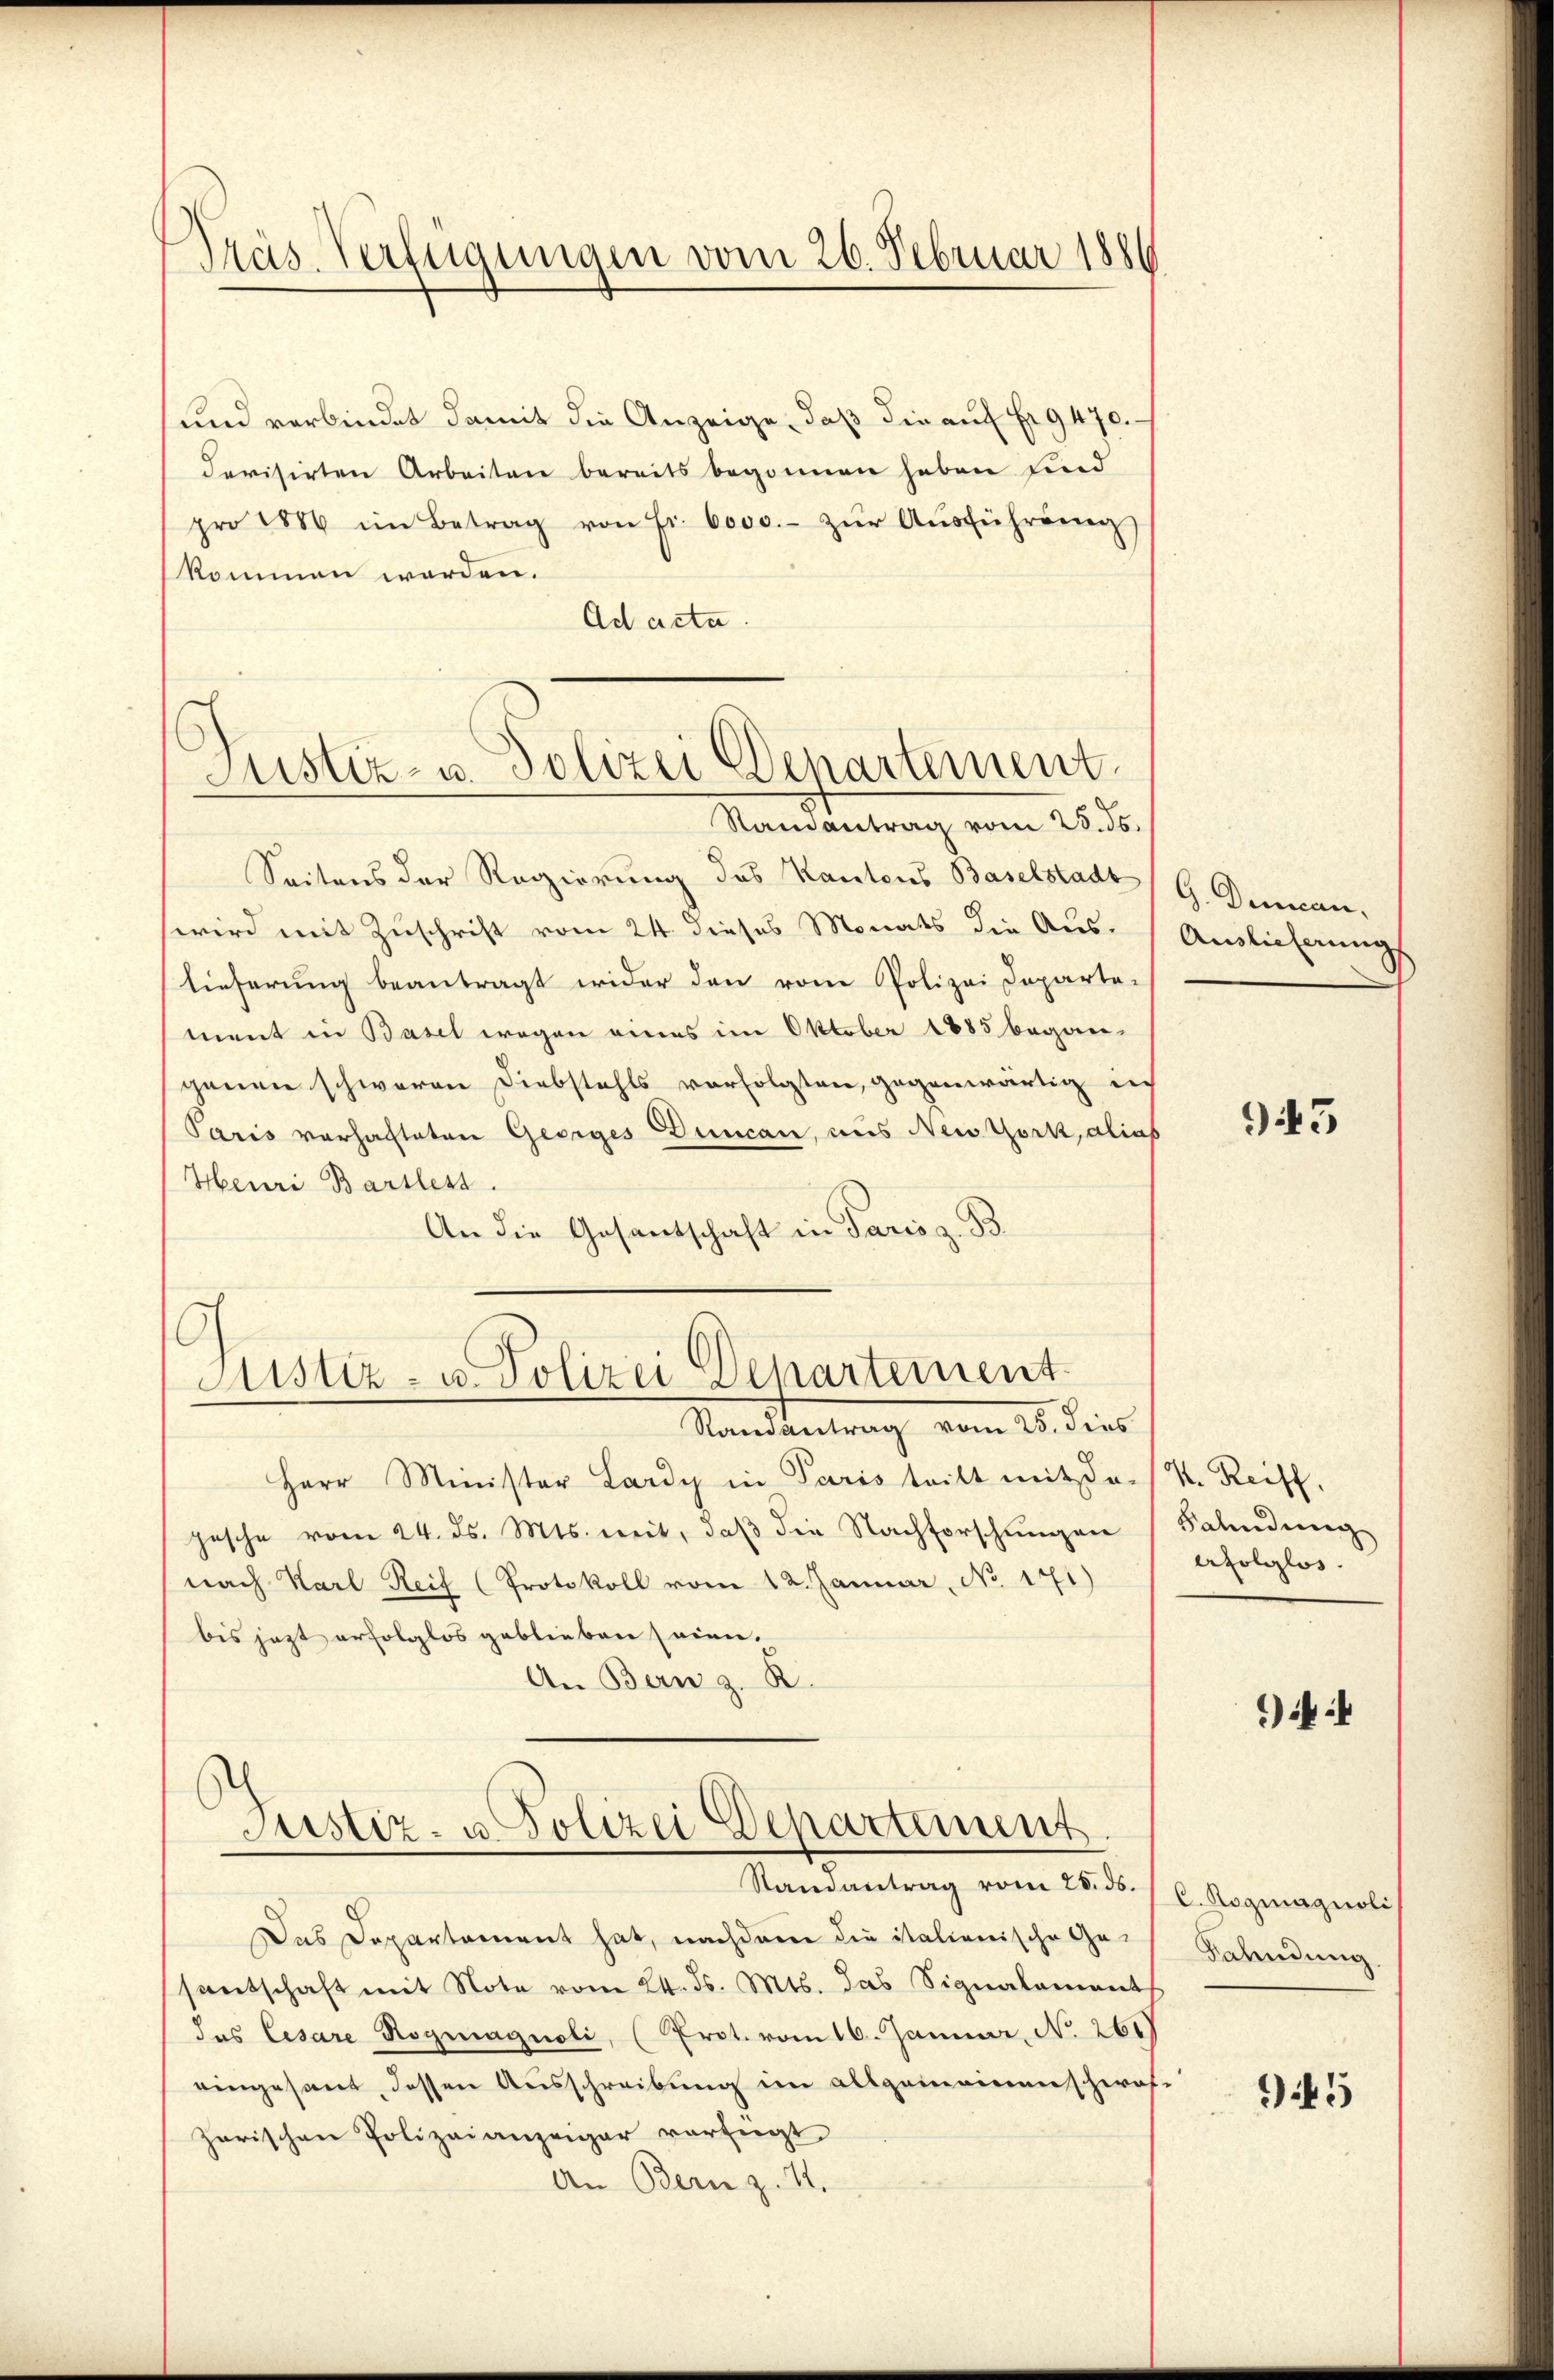
Präs. Verfügungen vom 26. Februar 1886

und verbindet damit die Anzeige, daß die auf fr. 9470.
derisirten Arbeiten bereits begonnen haben und
pro 1889 im Betrag von Fr. 6000.- zŭr Aŭsführung
kommen werden.
Ad acta.
Randantrag vom 25. 55.
Seitens der Regierung des Kantons Baselstadt
wird mit Zuschrift vom 24. dieses Monats die Aus-
lieferung beantragt wider den vom Polizei Departe-
ment in Basel wegen eines im Oktober 1885 began-
genen schweren Diebstahls verfolgten, gegenwärtig in
Paris vorhalteten Georges Duncan, aus New York, alias
Heuri Bartless.
An die Gesantschaft in Paris z. B.

Justiz- u. Polizei Departement

C
Justiz- u. Polizei Departement

Randantrag vom 25. dies
Herr Minister Lardy in Paris tritt mit der V. Reiff,
pesche vom 24. ds. Mts. weit, daß die Nachforschungen
nach Karl Reif (Protokoll vom 12. Januar, No 171)
bis jezt erfolglos geblieben seien.
An Bern z. R.

Justiz- u. Polizei Departement

G. Decan.
Auslieferung

Randantrag vom 28. ds.
Das Departement hat, nachdem die italienische Ge-
santschaft mit Note vom 24. ds. Mts. das Signalement
das Cesare Rogmagnoli, (Prot. vom 16. Januar, No. 261)
eingesant, dessen Ausschreibung im allgemeinen schwaf¬
Zarischen Polizeianzeiger vorfügt
An Bern z. 11.

943

Fahndung
erfolglos.

)

C. Rogiagnoli
Fahndung

945